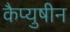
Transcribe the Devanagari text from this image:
कैप्युषीन